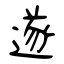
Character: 遂